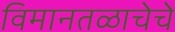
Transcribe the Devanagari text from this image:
विमानतळाचेचे